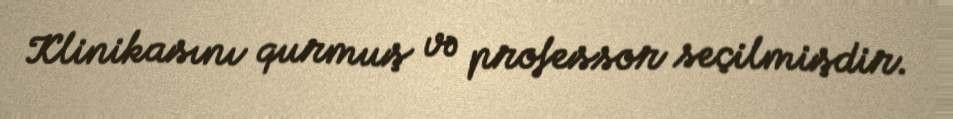
Klinikasını qurmuş və professor seçilmişdir.